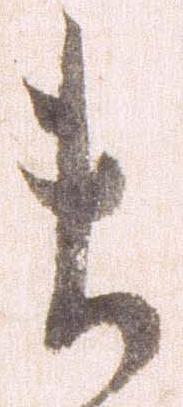
ま